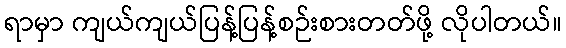
ရာမှာ ကျယ်ကျယ်ပြန့်ပြန့်စဉ်းစားတတ်ဖို့ လိုပါတယ်။